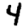
Digit: 4